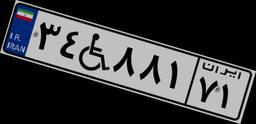
۲۴W۷۸۴۷۸